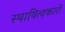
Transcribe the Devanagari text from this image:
स्थायित्वकारी